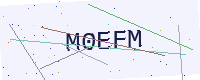
Text: M0EFM